Indian journal of veterinary science and animal husbandry - Volume 2,
Year: 1932
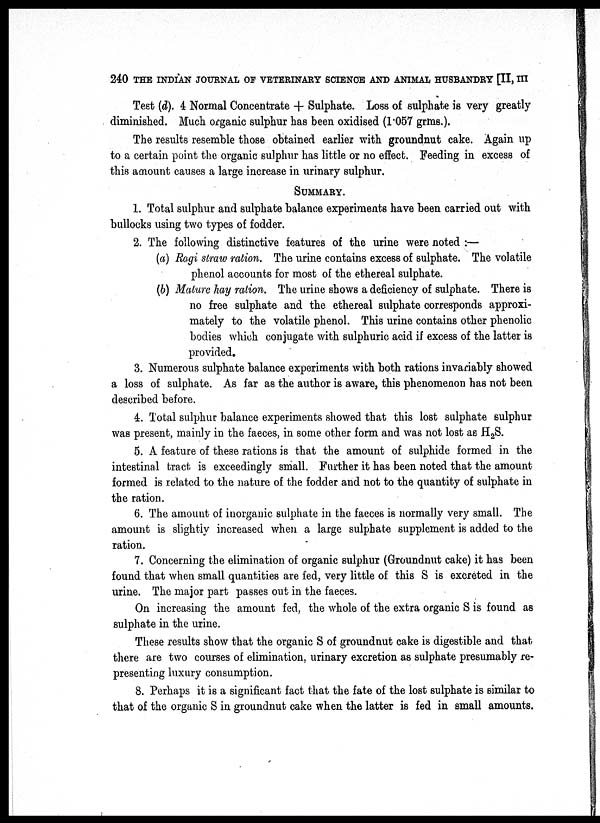
240 THE INDIAN JOURNAL OF VETERINARY SCIENCE AND ANIMAL HUSBANDRY [II, III
Test (d). 4 Normal Concentrate + Sulphate. Loss of sulphate is very greatly
diminished. Much organic sulphur has been oxidised (1.057 grms.).
The results resemble those obtained earlier with groundnut cake. Again up
to a certain point the organic sulphur has little or no effect. Feeding in excess of
this amount causes a large increase in urinary sulphur.
SUMMARY.
1. Total sulphur and sulphate balance experiments have been carried out with
bullocks using two types of fodder.
2. The following distinctive features of the urine were noted :—
(a) Ragi straw ration. The urine contains excess of sulphate. The volatile
phenol accounts for most of the ethereal sulphate.
(b) Mature hay ration. The urine shows a deficiency of sulphate. There is
no free sulphate and the ethereal sulphate corresponds approxi-
mately to the volatile phenol. This urine contains other phenolic
bodies which conjugate with sulphuric acid if excess of the latter is
provided.
3. Numerous sulphate balance experiments with both rations invariably showed
a loss of sulphate. As far as the author is aware, this phenomenon has not been
described before.
4. Total sulphur balance experiments showed that this lost sulphate sulphur
was present, mainly in the faeces, in some other form and was not lost as H 2 S.
5. A feature of these rations is that the amount of sulphide formed in the
intestinal tract is exceedingly small. Further it has been noted that the amount
formed is related to the nature of the fodder and not to the quantity of sulphate in
the ration.
6. The amount of inorganic sulphate in the faeces is normally very small. The
amount is slightly increased when a large sulphate supplement is added to the
ration.
7. Concerning the elimination of organic sulphur (Groundnut cake) it has been
found that when small quantities are fed, very little of this S is excreted in the
urine. The major part passes out in the faeces.
On increasing the amount fed, the whole of the extra organic S is found as
sulphate in the urine.
These results show that the organic S of groundnut cake is digestible and that
there are two courses of elimination, urinary excretion as sulphate presumably re-
presenting luxury consumption.
8. Perhaps it is a significant fact that the fate of the lost sulphate is similar to
that of the organic S in groundnut cake when the latter is fed in small amounts.